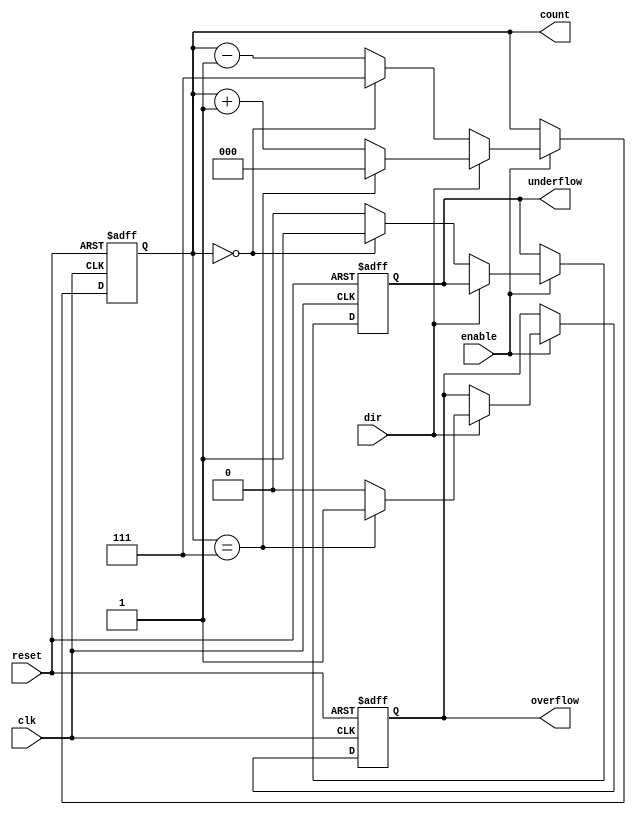
module synchronous_counter (
    input wire clk,          // Clock input
    input wire reset,        // Asynchronous reset
    input wire enable,       // Enable signal for counting
    input wire dir,          // Direction control: 1 for up, 0 for down
    output reg [2:0] count,  // 3-bit counter output (0 to 7)
    output reg overflow,      // Overflow indicator
    output reg underflow      // Underflow indicator
);

    // Define the maximum count value
    parameter MAX_COUNT = 7; // 3-bit counter, 0 to 7

    // Asynchronous reset logic
    always @(posedge clk or posedge reset) begin
        if (reset) begin
            count <= 3'b000; // Reset count to 0
            overflow <= 1'b0; // Clear overflow flag
            underflow <= 1'b0; // Clear underflow flag
        end else if (enable) begin
            // Counting logic
            if (dir) begin
                if (count == MAX_COUNT) begin
                    count <= 3'b000; // Wrap around
                    overflow <= 1'b1; // Set overflow flag
                end else begin
                    count <= count + 1;
                    overflow <= 1'b0; // Clear overflow flag
                end
            end else begin
                if (count == 3'b000) begin
                    count <= MAX_COUNT; // Wrap around
                    underflow <= 1'b1; // Set underflow flag
                end else begin
                    count <= count - 1;
                    underflow <= 1'b0; // Clear underflow flag
                end
            end
        end
    end

endmodule